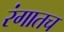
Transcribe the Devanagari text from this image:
रंगातच